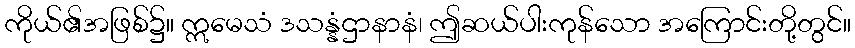
ကိုယ်၏အဖြစ်၌။ ဣမေသံ ဒသန္နံဌာနာနံ၊ ဤဆယ်ပါးကုန်သော အကြောင်းတို့တွင်။